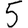
Digit: 5